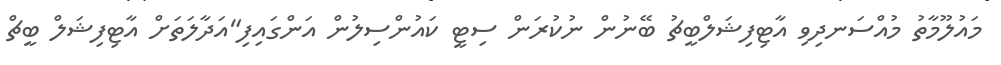
މައުލޫމާތު މުއްސަނދިވި އާޓިފިޝަލްބީޗު ބޭނުން ނުކުރަން ސިޓީ ކައުންސިލުން އަންގައިފި"އަދާލަތަށް އާޓިފިޝަލް ބީޗް